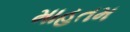
માહતમ